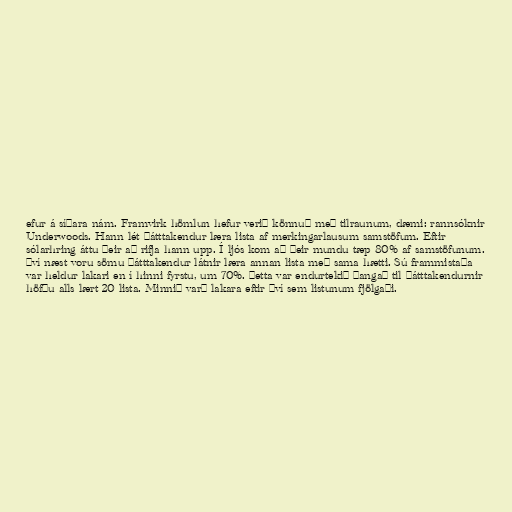
efur á síðara nám. Framvirk hömlun hefur verið könnuð með tilraunum, dæmi: rannsóknir
Underwoods. Hann lét þátttakendur læra lista af merkingarlausum samstöfum. Eftir
sólarhring áttu þeir að rifja hann upp. Í ljós kom að þeir mundu tæp 80% af samstöfunum.
Því næst voru sömu þátttakendur látnir læra annan lista með sama hætti. Sú frammistaða
var heldur lakari en í hinni fyrstu, um 70%. Þetta var endurtekið þangað til þátttakendurnir
höfðu alls lært 20 lista. Minnið varð lakara eftir því sem listunum fjölgaði.